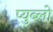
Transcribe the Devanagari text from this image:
प्युब्लो